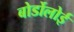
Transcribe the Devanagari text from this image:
बोर्डोलोई